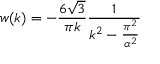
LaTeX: w ( k ) = - \frac { 6 \sqrt { 3 } } { \pi k } \frac { 1 } { k ^ { 2 } - \frac { \pi ^ { 2 } } { \alpha ^ { 2 } } }